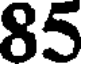
85